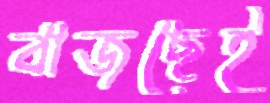
বাজছেই